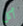
أكل